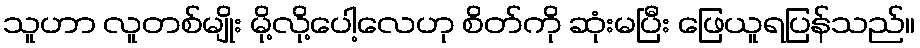
သူဟာ လူတစ်မျိုး မို့လို့ပေါ့လေဟု စိတ်ကို ဆုံးမပြီး ဖြေယူရပြန်သည်။